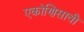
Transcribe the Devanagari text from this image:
एकोणिसावी